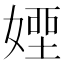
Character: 𡟽